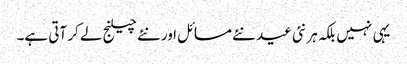
یہی نہیں بلکہ ہر نئی عید نئے مسائل اور نئے چیلنج لے کر آتی ہے۔